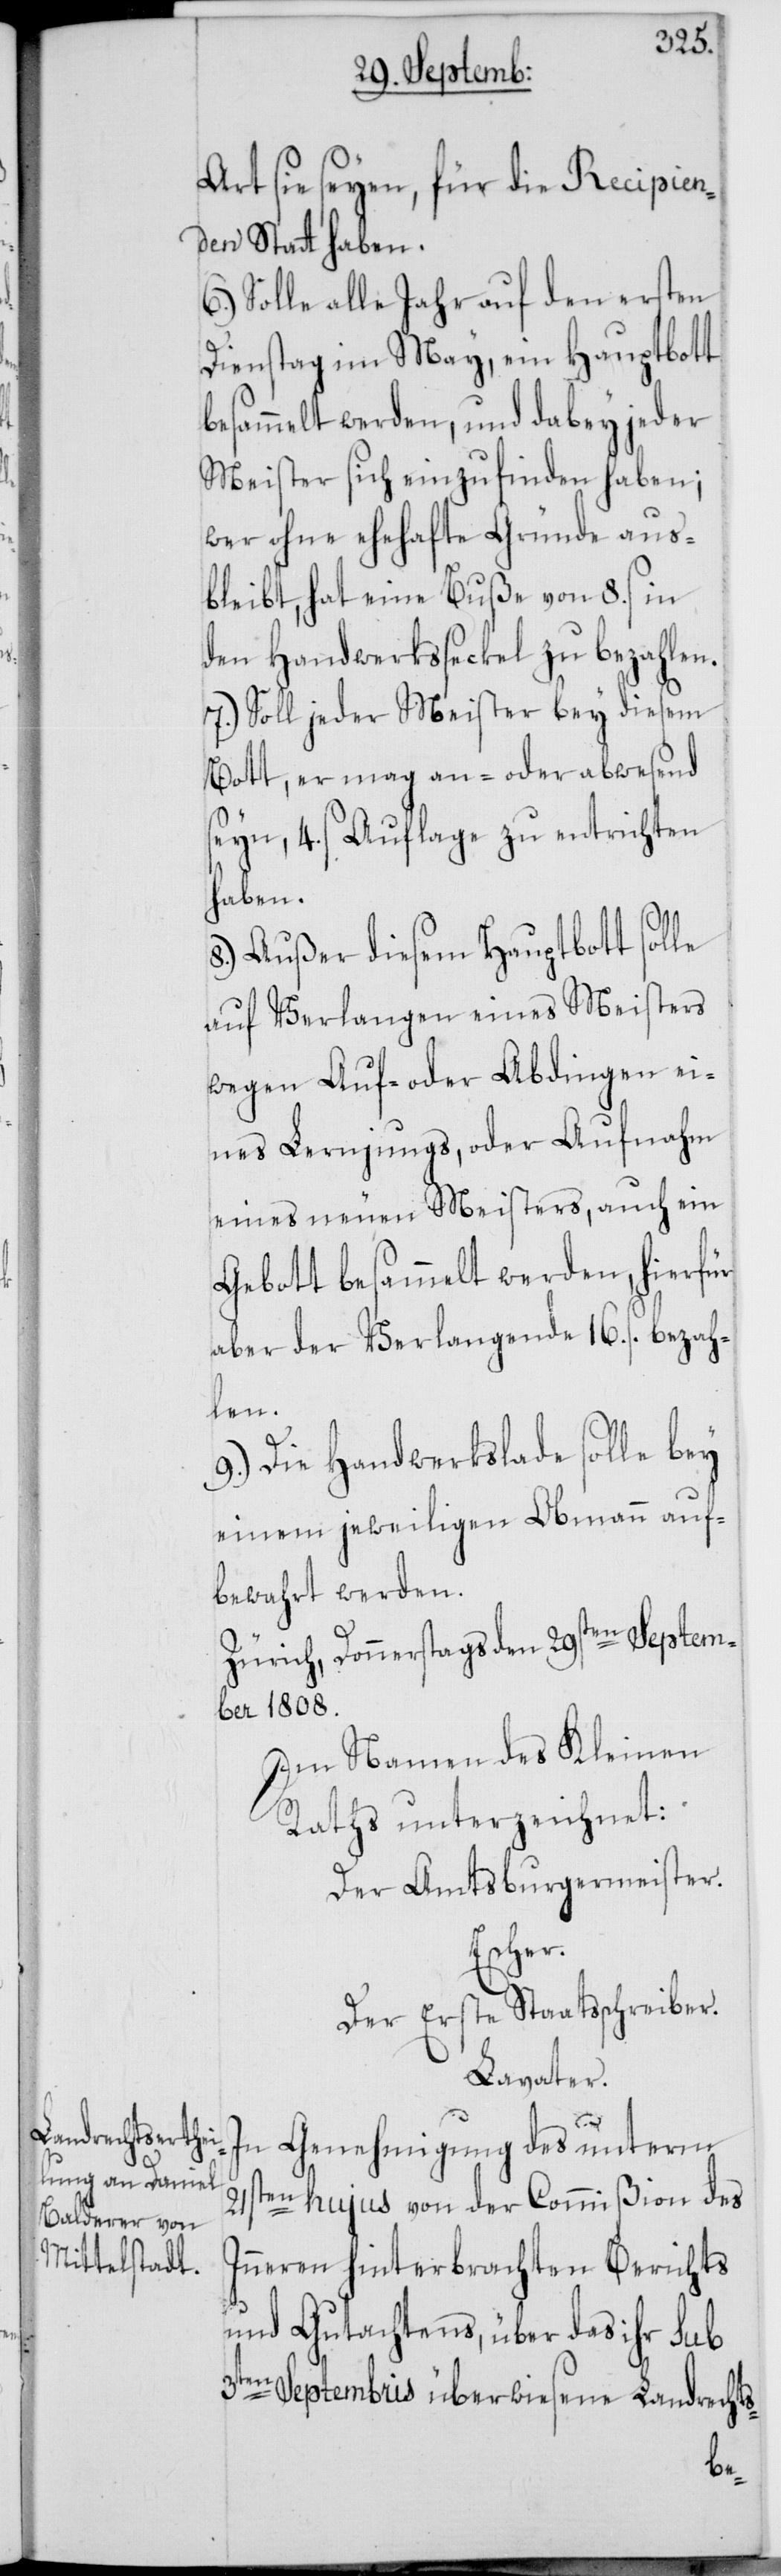
Art sie seyen, für die Recipien¬
den Statt haben.
6.) Solle alle Jahr auf den ersten
Dienstag im May, ein Hauptbott
besammelt werden, und dabey jeder
Meister sich einzufinden haben;
wer ohne ehehafte Gründe aus¬
bleibt, hat eine Buße von 8. ß in
den Handwerksseckel zu bezahlen.
7.) Soll jeder Meister bey diesem
Bott, er mag an- oder abwesend
seyn, 4. ß Auflage zu entrichten
haben.
8.) Außer diesem Hauptbott solle
auf Verlangen eines Meisters
wegen Auf- oder Abdingen ei¬
nes Lernjungs, oder Aufnahm
eines neuen Meisters, auch ein
Gebott besammelt werden, hierfür
aber der Verlangende 16. ß. bezah¬
len.
9.) Die Handwerkslade solle bey
einem jeweiligen Obmann auf¬
bewahrt werden.
Zürich, Donnerstags den 29sten Septem¬
ber 1808.
Im Namen des Kleinen
Raths unterzeichnet:
Der Amtsburgermeister.
Escher.
Der Erste Staatsschreiber.
Lavater.
In Genehmigung des unterm
21sten hujus von der Commißion des
Inneren hinterbrachten Berichts
und Gutachtens, über das ihr sub
3ten Septembris überwiesene Landrechts-